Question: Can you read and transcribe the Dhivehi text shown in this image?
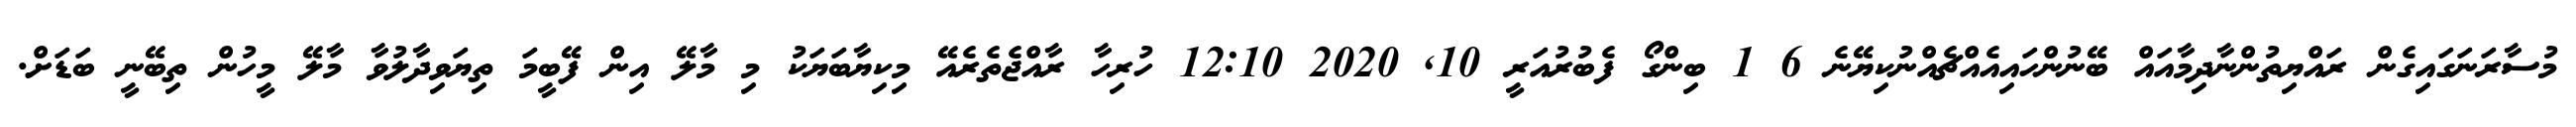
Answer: މުސާރަނަގައިގެން ރައްޔިތުންނާދިމާއައް ބޭނުންހައިއެއްޗެއްނުކިޔޭނެ 6 1 ބިންގޯ ފެބުރުއަރީ 10, 2020 12:10 ހުރިހާ ރާއްޖެތެރެއޭ މިކިޔާބަޔަކު މި މާލޭ އިން ފޭބީމަ ތިޔަވިދާލުވާ މާލޭ މީހުން ތިބޭނީ ބަޑަށް.